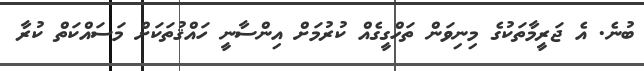
ބުނެ. އެ ޖަރީމާތަކުގެ މިނިވަން ތަހްގީގެއް ކުރުމަށް އިންސާނީ ހައްޤުތަކަށް މަސައްކަތް ކުރާ